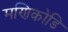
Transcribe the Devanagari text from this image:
मणिकोडि